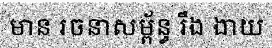
មាន រចនាសម្ព័ន្ធ រឹង ងាយ